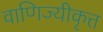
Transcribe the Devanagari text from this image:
वाणिज्यीकृत्त